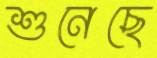
শুনেছে